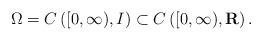
LaTeX: \begin{align*}\Omega=C\left([0,\infty), I\right)\subset C\left([0,\infty),\mathbf{R}\right). \end{align*}